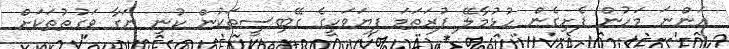
އަންނަ މަހުން ފެށިގެން ހުޅުމާލޭ ފުރަތަމަ ފިޔަވަހީގެ ގޭބިސީތަކުން ކުނި ނަގާ ވަގުތުތަކަށް